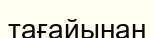
тағайынан